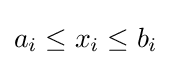
a_{i}\leq x_{i}\leq b_{i}